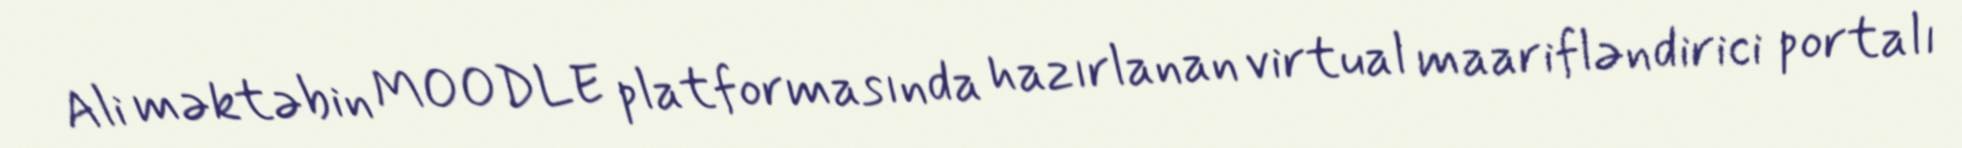
Ali məktəbin MOODLE platformasında hazırlanan virtual maarifləndirici portalı